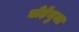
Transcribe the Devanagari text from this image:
घोड़ेनुमा